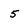
Character: 5